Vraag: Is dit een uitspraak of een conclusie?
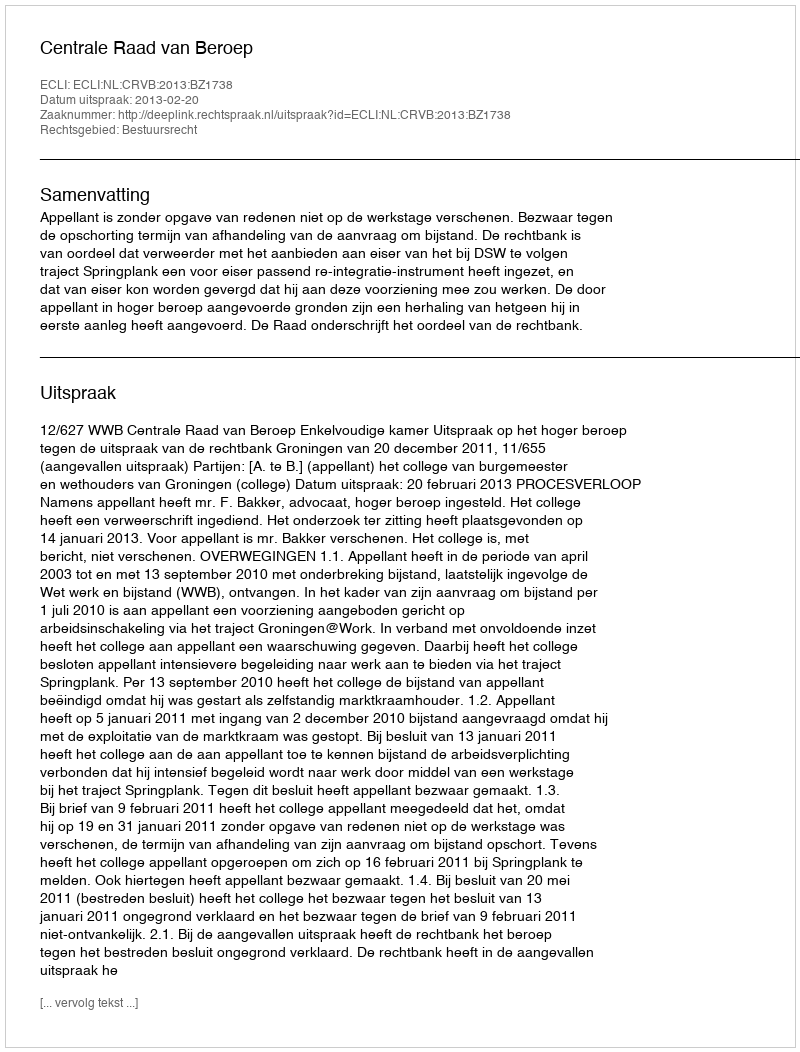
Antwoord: Uitspraak